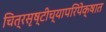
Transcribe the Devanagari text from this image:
चित्रसृष्टीच्यापरिपेक्षात